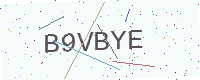
Text: B9VBYE